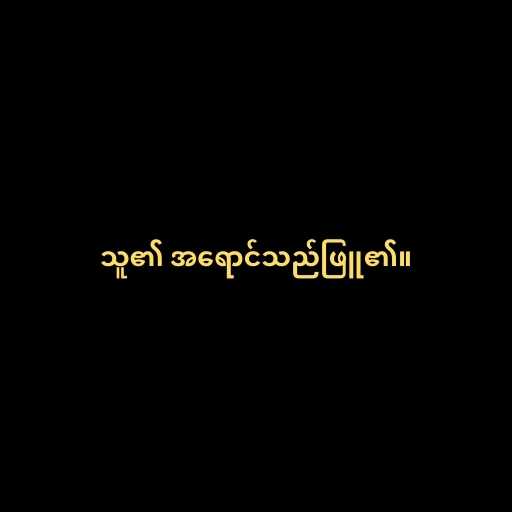
သူ၏ အရောင်သည်ဖြူ၏။